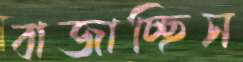
বাজাচ্ছিস